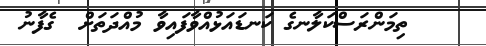
ތިމަންރަސްކަލާނގެ ކަނޑައަޅުއްވާފައިވާ މުއްދަތަށް  ގެފާނު